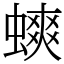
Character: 䗮